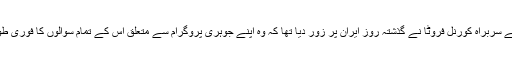
آئی اے ای اے کے سربراہ کورنل فروٹا نے گذشتہ روز ایران پر زور دیا تھا کہ وہ اپنے جوہری پروگرام سے متعلق اس کے تمام سوالوں کا فوری طور پر جواب دے۔